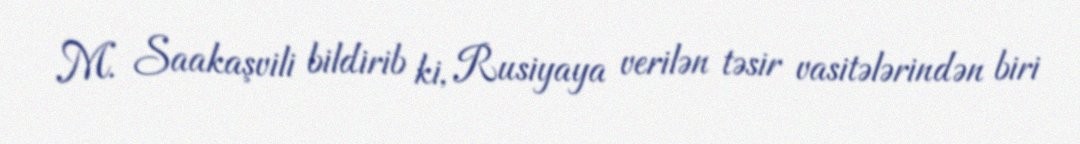
M. Saakaşvili bildirib ki, Rusiyaya verilən təsir vasitələrindən biri